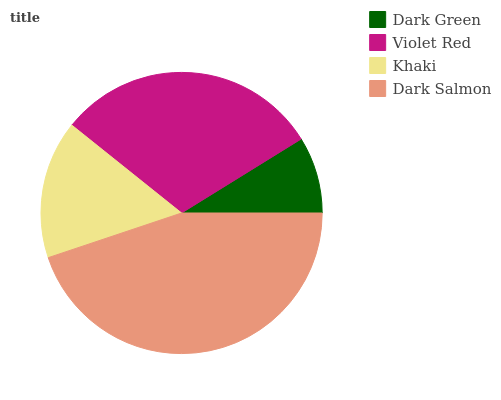
| Dark Green | Violet Red | Khaki | Dark Salmon |
 | --- | --- | --- | --- |
 | 8.82% | 30.4% | 15.9% | 44.9% |